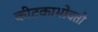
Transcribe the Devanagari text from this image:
कीटकाभोवती